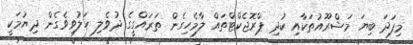
މިފަދަ ބިޔަ މަޝްރޫއުތަކާއި ކުދި ޕްރޮޖެކްޓްތައް ލާމެހިގެން ތަރައްގީގެ ދުވެލި ހަލުވިވެގެން ދިޔުމަކީ